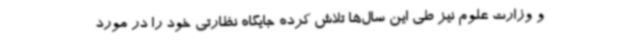
و وزارت علوم نیز طی این سال‌ها تلاش کرده جایگاه نظارتی خود را در مورد